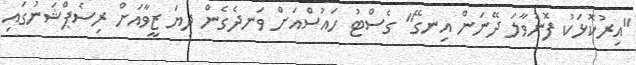
"އިރުކޮޅަކު ފޮނުވާލަ ދޭނަން އިނގޭ" ގެސްޓު ހައުސްއަށް ވަނދެގެން ދިޔަ ޒީވާއަށް ރިސެޕްޝަނުގައި